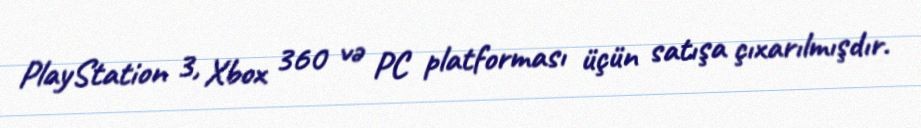
PlayStation 3, Xbox 360 və PC platforması üçün satışa çıxarılmışdır.